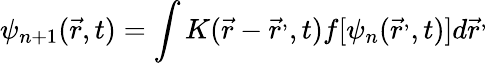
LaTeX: \psi_{n+1}({\vec{r}},t)=\int K({\vec{r}}-{\vec{r}}^{,},t)f[\psi_{n}({\vec{r}}^{,},t)]d{\vec{r}}^{,}